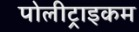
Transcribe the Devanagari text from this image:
पोलीट्राइकम